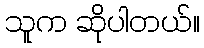
သူက ဆိုပါတယ်။